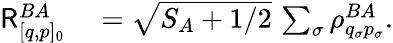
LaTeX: \begin{array}{rl}{\mathsf{R}_{[q,p]_{0}}^{BA}}&{{}=\sqrt{S_{A}+1/2}\, \sum_{\sigma}\rho_{q_{\sigma}p_{\sigma}}^{BA}.}\end{array}